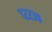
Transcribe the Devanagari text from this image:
१२२३९